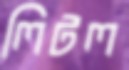
লিটল